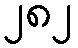
၂၈၂